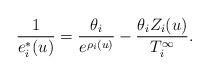
LaTeX: \begin{align*}\frac{1}{e_i^*(u)}=\frac{\theta_i}{e^{\rho_i(u)}}-\frac{\theta_iZ_i(u)}{T_i^{\infty}}.\end{align*}